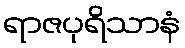
ရာဇပုရိသာနံ